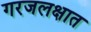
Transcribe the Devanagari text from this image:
गरजलक्षात